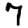
Digit: 7